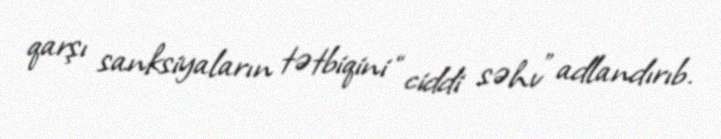
qarşı sanksiyaların tətbiqini “ciddi səhv” adlandırıb.